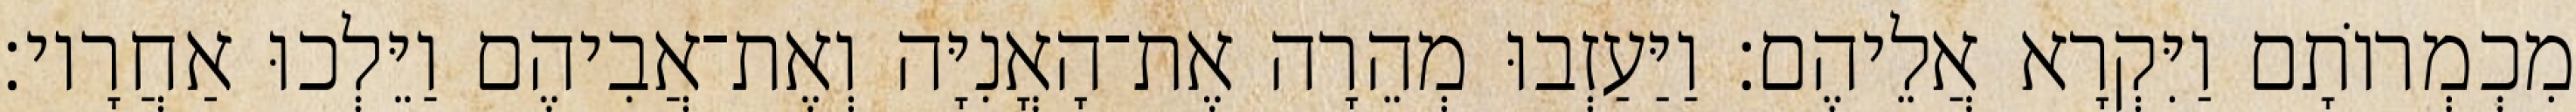
מִכְמְרוֹתָם וַיִּקְרָא אֲלֵיהֶם׃ וַיַּעַזְבוּ מְהֵרָה אֶת־הָאֳנִיָּה וְאֶת־אֲבִיהֶם וַיֵּלְכוּ אַחֲרָיו׃